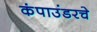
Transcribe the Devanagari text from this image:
कंपाउंडरचे